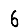
Digit: 6